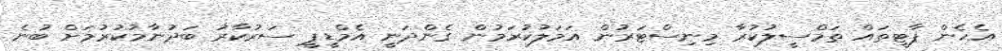
އެހެން ޕާޓީތައް ތަމްސީލުކުރާ މިނިސްޓަރުން އަމަލުކުރަމުން ގެންދަނީ އެމްޑީޕީ ސަރުކާރު ބަދުނާމުކުރުމަށް ބުނެ